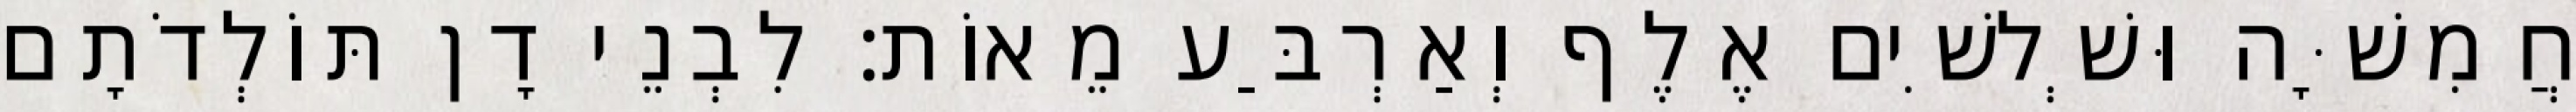
חֲמִשָּׁה וּשְׁלשִׁים אֶלֶף וְאַרְבַּע מֵאוֹת׃ לִבְנֵי דָן תּוֹלְדֹתָם